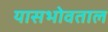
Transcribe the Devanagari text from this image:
यासभोवताल